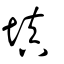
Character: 填